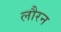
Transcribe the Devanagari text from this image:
लौरन